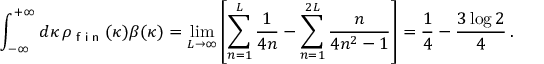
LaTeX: \int _ { - \infty } ^ { + \infty } d \kappa \, \rho _ { \textsf { f i n } } ( \kappa ) \beta ( \kappa ) = \operatorname * { l i m } _ { L \to \infty } \left[ \sum _ { n = 1 } ^ { L } \frac { 1 } { 4 n } - \sum _ { n = 1 } ^ { 2 L } \frac { n } { 4 n ^ { 2 } - 1 } \right] = \frac { 1 } { 4 } - \frac { 3 \log 2 } { 4 } \, .